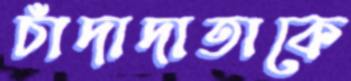
চাঁদাদাতাকে